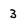
Character: 3